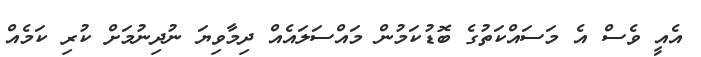
އެއީ ވެސް އެ މަސައްކަތުގެ ބޮޑުކަމުން މައްސަލައެއް ދިމާވިޔަ ނުދިނުމަށް ކުރި ކަމެއް